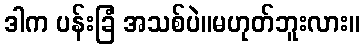
ဒါက ပန်းခြံ အသစ်ပဲ။မဟုတ်ဘူးလား။